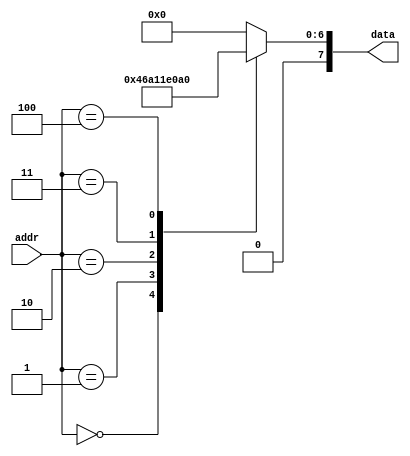
module rom4 (input wire [3:0] addr, output reg [7:0] data);
    always @(addr) begin
        case(addr)
            4'b0000: data = 8'b01000110; // F
            4'b0001: data = 8'b01010000; // P
            4'b0010: data = 8'b01000111; // G
            4'b0011: data = 8'b01000001; // A
				4'b0100: data = 8'b00100000;
            default: data = 8'b00000000;
        endcase
    end
endmodule